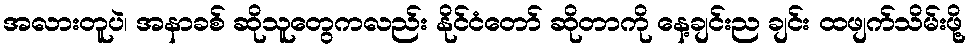
အလားတူပဲ၊ အနာခစ် ဆိုသူတွေကလည်း နိုင်ငံတော် ဆိုတာကို နေ့ချင်းည ချင်း ထဖျက်သိမ်းဖို့